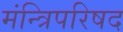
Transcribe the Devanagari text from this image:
मंन्त्रिपरिषद